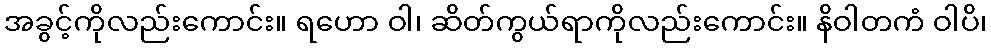
အခွင့်ကိုလည်းကောင်း။ ရဟော ဝါ၊ ဆိတ်ကွယ်ရာကိုလည်းကောင်း။ နိဝါတကံ ဝါပိ၊